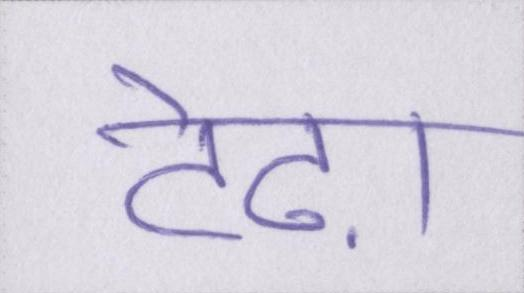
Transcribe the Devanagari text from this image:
टेढ़ा